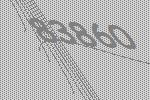
83860